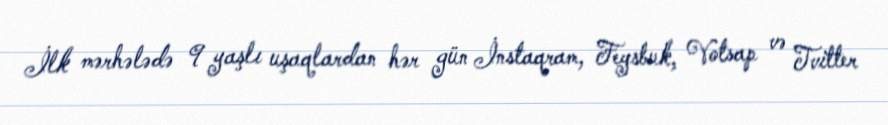
İlk mərhələdə 9 yaşlı uşaqlardan hər gün İnstaqram, Feysbuk, Votsap və Tvitter